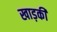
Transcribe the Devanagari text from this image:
खाड़की